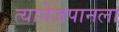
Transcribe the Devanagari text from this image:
त्यानेजपानला